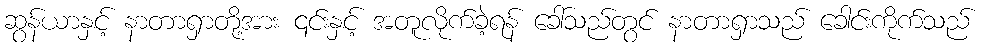
ဆွန်ယာနှင့် နာတာရှာတို့အား ၎င်းနှင့် အတူလိုက်ခဲ့ရန် ခေါ်သည်တွင် နာတာရှာသည် ခေါင်းကိုက်သည်